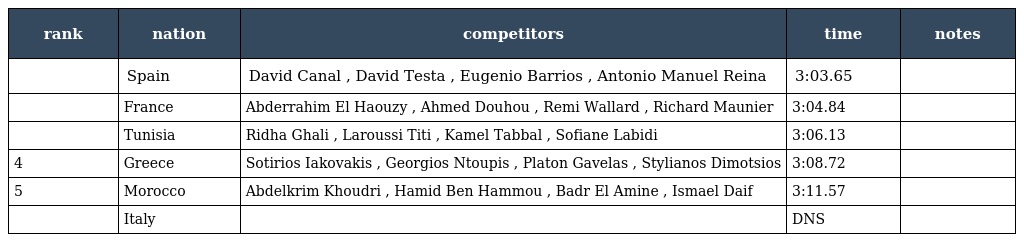
| rank | nation | competitors | time | notes |
 | --- | --- | --- | --- | --- |
 |  | Spain | David Canal , David Testa , Eugenio Barrios , Antonio Manuel Reina | 3:03.65 |  |
 |  | France | Abderrahim El Haouzy , Ahmed Douhou , Remi Wallard , Richard Maunier | 3:04.84 |  |
 |  | Tunisia | Ridha Ghali , Laroussi Titi , Kamel Tabbal , Sofiane Labidi | 3:06.13 |  |
 | 4 | Greece | Sotirios Iakovakis , Georgios Ntoupis , Platon Gavelas , Stylianos Dimotsios | 3:08.72 |  |
 | 5 | Morocco | Abdelkrim Khoudri , Hamid Ben Hammou , Badr El Amine , Ismael Daif | 3:11.57 |  |
 |  | Italy |  | DNS |  |